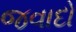
જવાદો